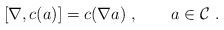
\begin{align*}[\nabla,c(a)]=c(\nabla a) \ ,\qquad a\in{\cal C} \ . \end{align*}